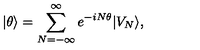
| \theta \rangle = \sum _ { N = - \infty } ^ { \infty } e ^ { - i N \theta } | V _ { N } \rangle ,